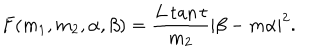
F ( m _ { 1 } , m _ { 2 } , \alpha , \beta ) = \frac { L \tan t } { m _ { 2 } } | \beta - m \alpha | ^ { 2 } .